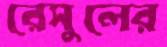
রেসুলের